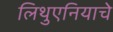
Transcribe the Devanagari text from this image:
लिथुएनियाचे